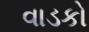
વાડકો